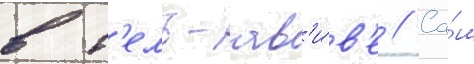
в т'ель-ав'и́в'е // Са́м